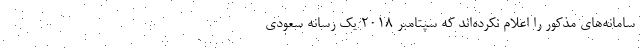
سامانه‌های مذکور را اعلام نکرده‌اند که سپتامبر ۲۰۱۸ یک رسانه سعودی